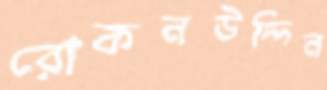
রোকনউদ্দিন